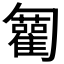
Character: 𠤍